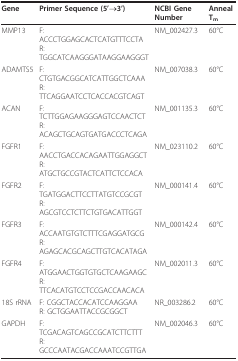
| Gene | Primer Sequence (5'→3') | NCBI Gene Number | Anneal Tm |
 | --- | --- | --- | --- |
 | MMP13 | F: ACCCTGGAGCACTCATGTTTCCTAR: TGGCATCAAGGGATAAGGAAGGGT | NM_002427.3 | 60°C |
 | ADAMTS5 | F: CTGTGACGGCATCATTGGCTCAAAR: TTCAGGAATCCTCACCACGTCAGT | NM_007038.3 | 60°C |
 | ACAN | F: TCTTGGAGAAGGGAGTCCAACTCTR: ACAGCTGCAGTGATGACCCTCAGA | NM_001135.3 | 60°C |
 | FGFR1 | F: AACCTGACCACAGAATTGGAGGCTR: ATGCTGCCGTACTCATTCTCCACA | NM_023110.2 | 60°C |
 | FGFR2 | F: TGATGGACTTCCTTATGTCCGCGTR: AGCGTCCTCTTCTGTGACATTGGT | NM_000141.4 | 60°C |
 | FGFR3 | F: ACCAATGTGTCTTTCGAGGATGCGR: AGAGCACGCAGCTTGTCACATAGA | NM_000142.4 | 60°C |
 | FGFR4 | F: ATGGAACTGGTGTGCTCAAGAAGCR: TTCACATGTCCTCCGACCAACACA | NM_002011.3 | 60°C |
 | 18S rRNA | F: CGGCTACCACATCCAAGGAAR: GCTGGAATTACCGCGGCT | NR_003286.2 | 60°C |
 | GAPDH | F: TCGACAGTCAGCCGCATCTTCTTTR: GCCCAATACGACCAAATCCGTTGA | NM_002046.3 | 60°C |